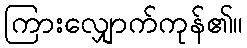
ကြားလျှောက်ကုန်၏။